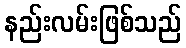
နည်းလမ်းဖြစ်သည်